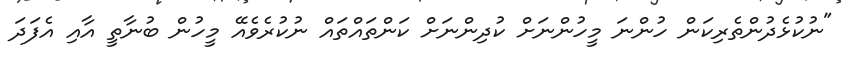
"ނުކުޅެދުންތެރިކަން ހުންނަ މީހުންނަށް ކުދިންނަށް ކަންތައްތައް ނުކުރެވެއޭ މީހުން ބުނާތީ އާއި އެފަދަ